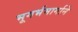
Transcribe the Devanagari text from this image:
भूगर्भमार्गाने